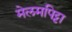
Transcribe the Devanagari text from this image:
मेलमपिट्टा